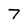
Character: 7